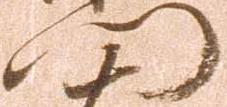
門